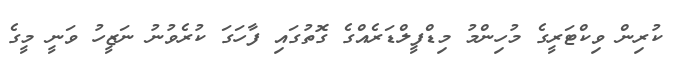
ކުރިން ވިކްޓަރީގެ މުހިންމު މިޑްފީލްޑަރެއްގެ ގޮތުގައި ފާހަގަ ކުރެވުނު ނަޒީހު ވަނީ މީގެ